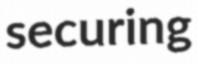
securing